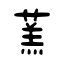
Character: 蓔